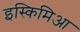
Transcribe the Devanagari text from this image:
इस्किमिआ